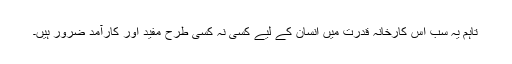
تاہم یہ سب اس کارخانۂ قدرت میں انسان کے لیے کسی نہ کسی طرح مفید اور کارآمد ضرور ہیں۔